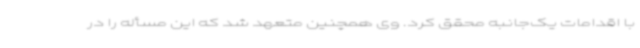
با اقدامات یک‌جانبه محقق کرد. وی همچنین متعهد شد که این مسأله را در